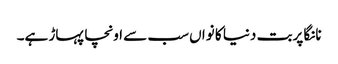
نانگا پربت دنیا کا نواں سب سے اونچا پہاڑ ہے۔